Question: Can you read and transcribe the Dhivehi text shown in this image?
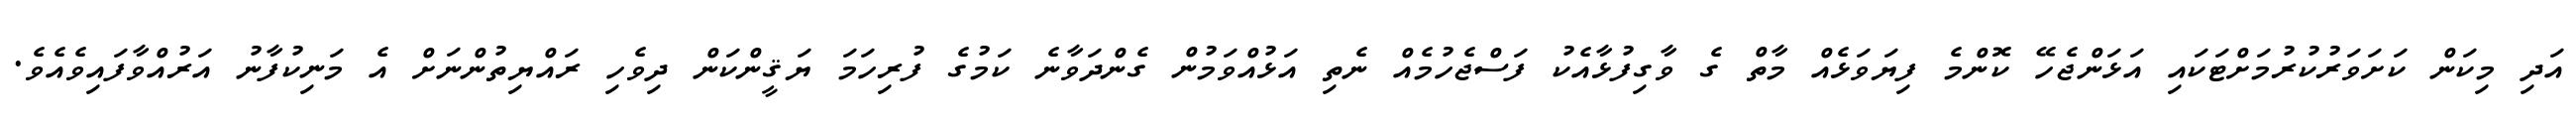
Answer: އަދި މިކަން ކަށަވަރުކުރުމަށްޓަކައި އަޅަންޖެހޭ ކޮންމެ ފިޔަވަޅެއް މާތް ގެ ވާގިފުޅާއެކު ފަސްޖެހުމެއް ނެތި އަޅުއްވަމުން ގެންދަވާނެ ކަމުގެ ފުރިހަމަ ޔަޤީންކަން ދިވެހި ރައްޔިތުންނަށް އެ މަނިކުފާނު އަރުއްވާފައިވެއެވެ.